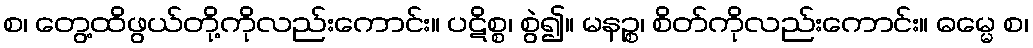
စ၊ တွေ့ထိဖွယ်တို့ကိုလည်းကောင်း။ ပဋိစ္စ၊ စွဲ၍။ မနဉ္စ၊ စိတ်ကိုလည်းကောင်း။ ဓမ္မေ စ၊